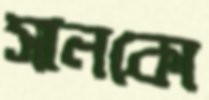
সানকো